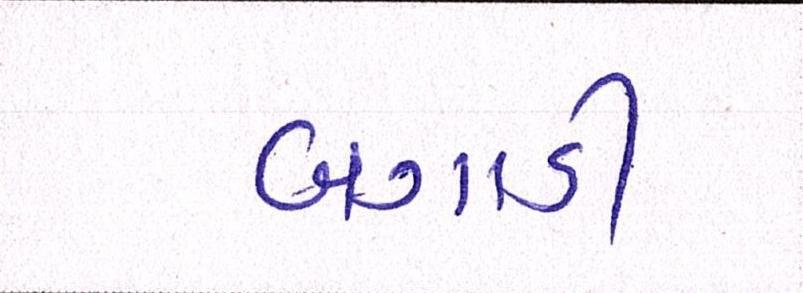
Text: બગાડી